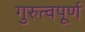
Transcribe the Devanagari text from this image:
गुरुत्वपूर्ण